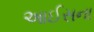
આઈસના